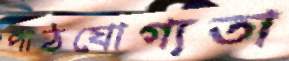
পাঠযোগ্যতা